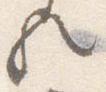
歟